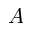
A